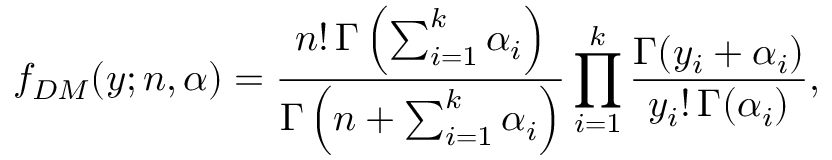
f _ { D M } ( \boldsymbol y ; n , \boldsymbol \alpha ) = \frac { n ! \, \Gamma \left( \sum _ { i = 1 } ^ { k } \alpha _ { i } \right) } { \Gamma \left( n + \sum _ { i = 1 } ^ { k } \alpha _ { i } \right) } \prod _ { i = 1 } ^ { k } \frac { \Gamma ( y _ { i } + \alpha _ { i } ) } { y _ { i } ! \, \Gamma ( \alpha _ { i } ) } ,